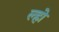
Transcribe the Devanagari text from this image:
ल्हो